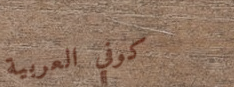
كوفي العربية